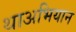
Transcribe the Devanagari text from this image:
थाअभियान